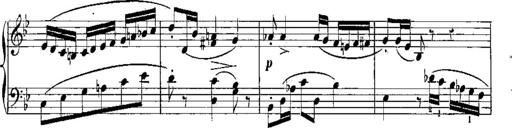
Title: 6 Sonatines
Composer: Albert Lavignac
Key: C major
 G major
 D major
 A minor
 F major
 B-flat major